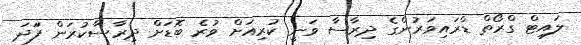
ލައިޓް ގްރޯތް ޑްރައިވަރުންގެ ދިރާސާ ވަނީ ކުރިއަށް ވުރެ ބޮޑަށް ދިރާސާކުރަން ފަަދަ